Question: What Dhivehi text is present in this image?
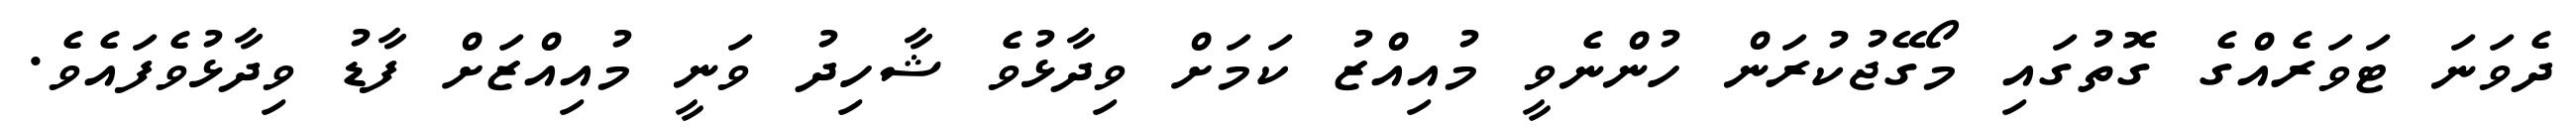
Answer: ދެވަނަ ޓަވަރެއްގެ ގޮތުގައި މޯގޭޖުކުރަން ހުންނެވީ މުއިއްޒު ކަމަށް ވިދާޅުވެ ޝާހިދު ވަނީ މުއިއްޒަށް ފާޑު ވިދާޅުވެފައެވެ.